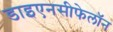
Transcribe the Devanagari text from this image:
डाइएनसीफेलॉन